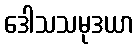
ဒေါသသမုဒယာ